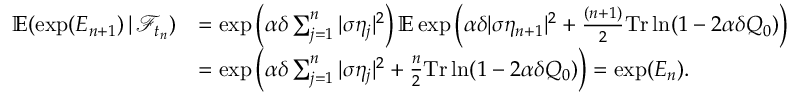
\begin{array} { r l } { \mathbb { E } ( \exp ( E _ { n + 1 } ) \, | \, \mathcal { F } _ { t _ { n } } ) } & { = \exp \left( \alpha \delta \sum _ { j = 1 } ^ { n } | \sigma \eta _ { j } | ^ { 2 } \right) \mathbb { E } \exp \left( \alpha \delta | \sigma \eta _ { n + 1 } | ^ { 2 } + \frac { ( n + 1 ) } { 2 } \mathrm { T r } \ln ( 1 - 2 \alpha \delta Q _ { 0 } ) \right) } \\ & { = \exp \left( \alpha \delta \sum _ { j = 1 } ^ { n } | \sigma \eta _ { j } | ^ { 2 } + \frac { n } { 2 } \mathrm { T r } \ln ( 1 - 2 \alpha \delta Q _ { 0 } ) \right) = \exp ( E _ { n } ) . } \end{array}